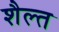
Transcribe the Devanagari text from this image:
शैल्त